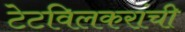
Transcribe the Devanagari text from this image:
टेटविलकरांची